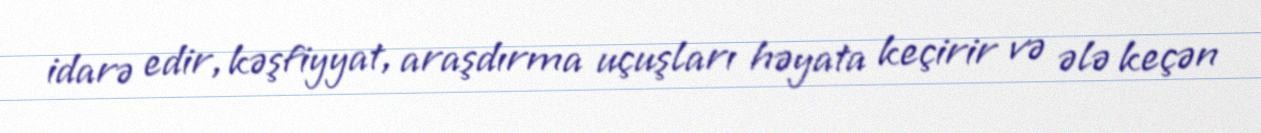
idarə edir, kəşfiyyat, araşdırma uçuşları həyata keçirir və ələ keçən